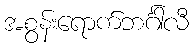
အစွန်းရောက်ဘင်္ဂါလီ